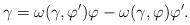
LaTeX: \begin{align*} \gamma = \omega(\gamma,\varphi')\varphi - \omega(\gamma,\varphi)\varphi'.\end{align*}